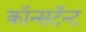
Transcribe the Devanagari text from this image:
कॉन्सटॅन्ट